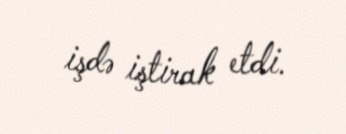
işdə iştirak etdi.